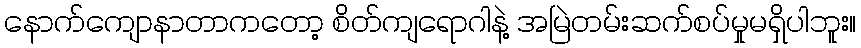
နောက်ကျောနာတာကတော့ စိတ်ကျရောဂါနဲ့ အမြဲတမ်းဆက်စပ်မှုမရှိပါဘူး။